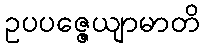
ဥပပဇ္ဇေယျာမာတိ